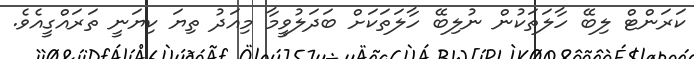
ކަރަންޓް ލިބޭ ހާލަތަކުން ނުލިބޭ ހާލަތަކަށް ބަދަލުވީމާ މިއަދު ތިޔަ ކިޔަނީ ތަރައްގީއެވެ.